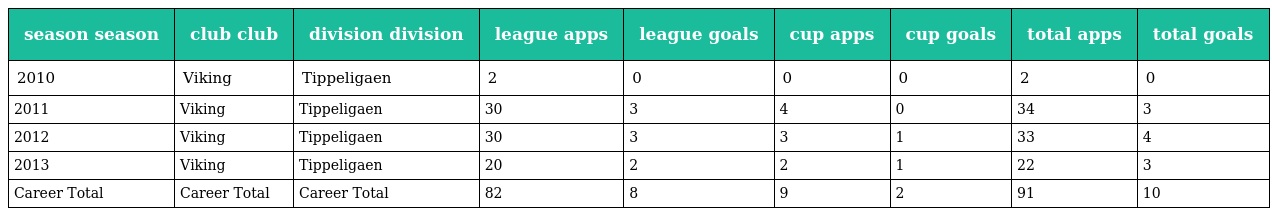
| season season | club club | division division | league apps | league goals | cup apps | cup goals | total apps | total goals |
 | --- | --- | --- | --- | --- | --- | --- | --- | --- |
 | 2010 | Viking | Tippeligaen | 2 | 0 | 0 | 0 | 2 | 0 |
 | 2011 | Viking | Tippeligaen | 30 | 3 | 4 | 0 | 34 | 3 |
 | 2012 | Viking | Tippeligaen | 30 | 3 | 3 | 1 | 33 | 4 |
 | 2013 | Viking | Tippeligaen | 20 | 2 | 2 | 1 | 22 | 3 |
 | Career Total | Career Total | Career Total | 82 | 8 | 9 | 2 | 91 | 10 |